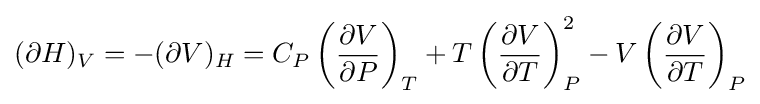
(\partial H)_{V}=-(\partial V)_{H}=C_{P}\left({\frac {\partial V}{\partial P}}\right)_{T}+T\left({\frac {\partial V}{\partial T}}\right)_{P}^{2}-V\left({\frac {\partial V}{\partial T}}\right)_{P}